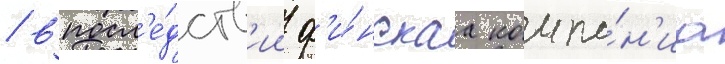
/ впосл'е́дств'ии ф'и́нскаа компа́н'иа